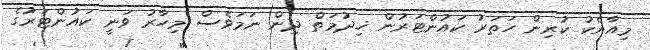
މިއާއެކު ކުރިން ހަތަރު ކައުންޓަރުން ޚިދުމަތް ދިން ނަމަވެސް މިހާރު ވަނީ ކައުންޓަރުގެ